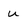
Character: u